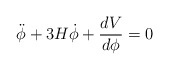
\begin{align*}\ddot{\phi}+3H \dot{\phi}+{dV \over d{\phi}}=0\end{align*}